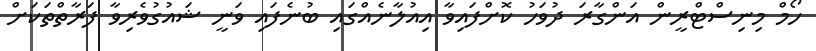
ހޯމް މިނިސްޓްރީން އަންގާރަ ދުވަހު ކޮށްފައިވާ އިއުލާނެއްގައި ބުނެފައި ވަނީ ޝައުގުވެރިވާ ފަރާތްތަކަށް